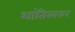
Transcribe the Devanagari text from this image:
शांतिस्वरुप